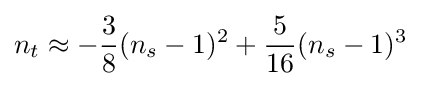
n_{t}\approx -{\frac {3}{8}}(n_{s}-1)^{2}+{\frac {5}{16}}(n_{s}-1)^{3}